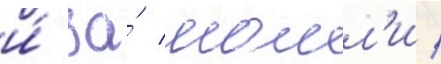
и́ за́ молл'и /